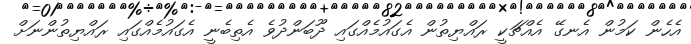
އެހެން ކަމުން އެނގޭ އެއްޗަކީ ރައްޔިތުން އެގައުމެއްގައި ދޫބަންދުވެ އެތިބެނީ އެގައުމެއްގައި ރައްޔިތުންނަށް